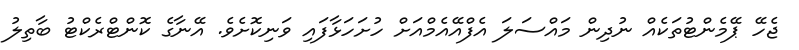
ޖެހޭ ޕޭމެންޓުތަކެއް ނުދިން މައްސަލަ އެފްއޭއެމްއަށް ހުށަހަޅާފައި ވަނިކޮށެވެ. އޭނާގެ ކޮންޓްރެކްޓު ބާތިލު